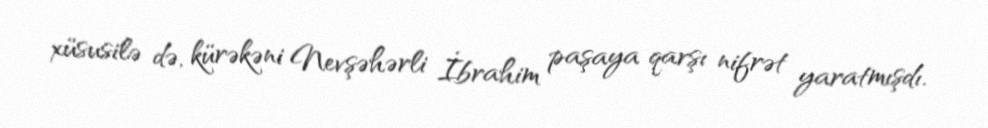
xüsusilə də, kürəkəni Nevşəhərli İbrahim paşaya qarşı nifrət yaratmışdı.